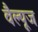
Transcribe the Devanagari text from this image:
वैल्यूज